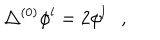
\triangle ^ { ( 0 ) } \phi ^ { l } = 2 \phi ^ { l } ,